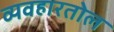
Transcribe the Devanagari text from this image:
व्यवहारतोल